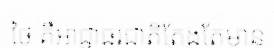
ថៃ គឺអាជ្ញាធរជាតិតែងតែមាន